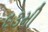
૬૩મી